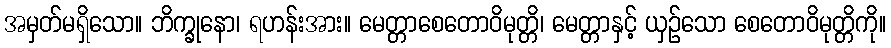
အမှတ်မရှိသော။ ဘိက္ခုနော၊ ရဟန်းအား။ မေတ္တာစေတောဝိမုတ္တိ၊ မေတ္တာနှင့် ယှဉ်သော စေတောဝိမုတ္တိကို။